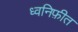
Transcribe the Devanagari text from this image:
ध्वनिफ़ीत